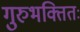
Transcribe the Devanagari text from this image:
गुरुभक्तितः